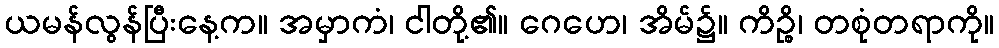
ယမန်လွန်ပြီးနေ့က။ အမှာကံ၊ ငါတို့၏။ ဂေဟေ၊ အိမ်၌။ ကိဉ္စိ၊ တစုံတရာကို။